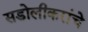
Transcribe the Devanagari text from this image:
सडोलीकरांचे